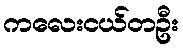
ကလေးငယ်တဦး